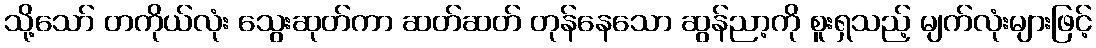
သို့သော် တကိုယ်လုံး သွေးဆုတ်ကာ ဆတ်ဆတ် တုန်နေသော ဆွန်ညာ့ကို စူးရှသည့် မျက်လုံးများဖြင့်